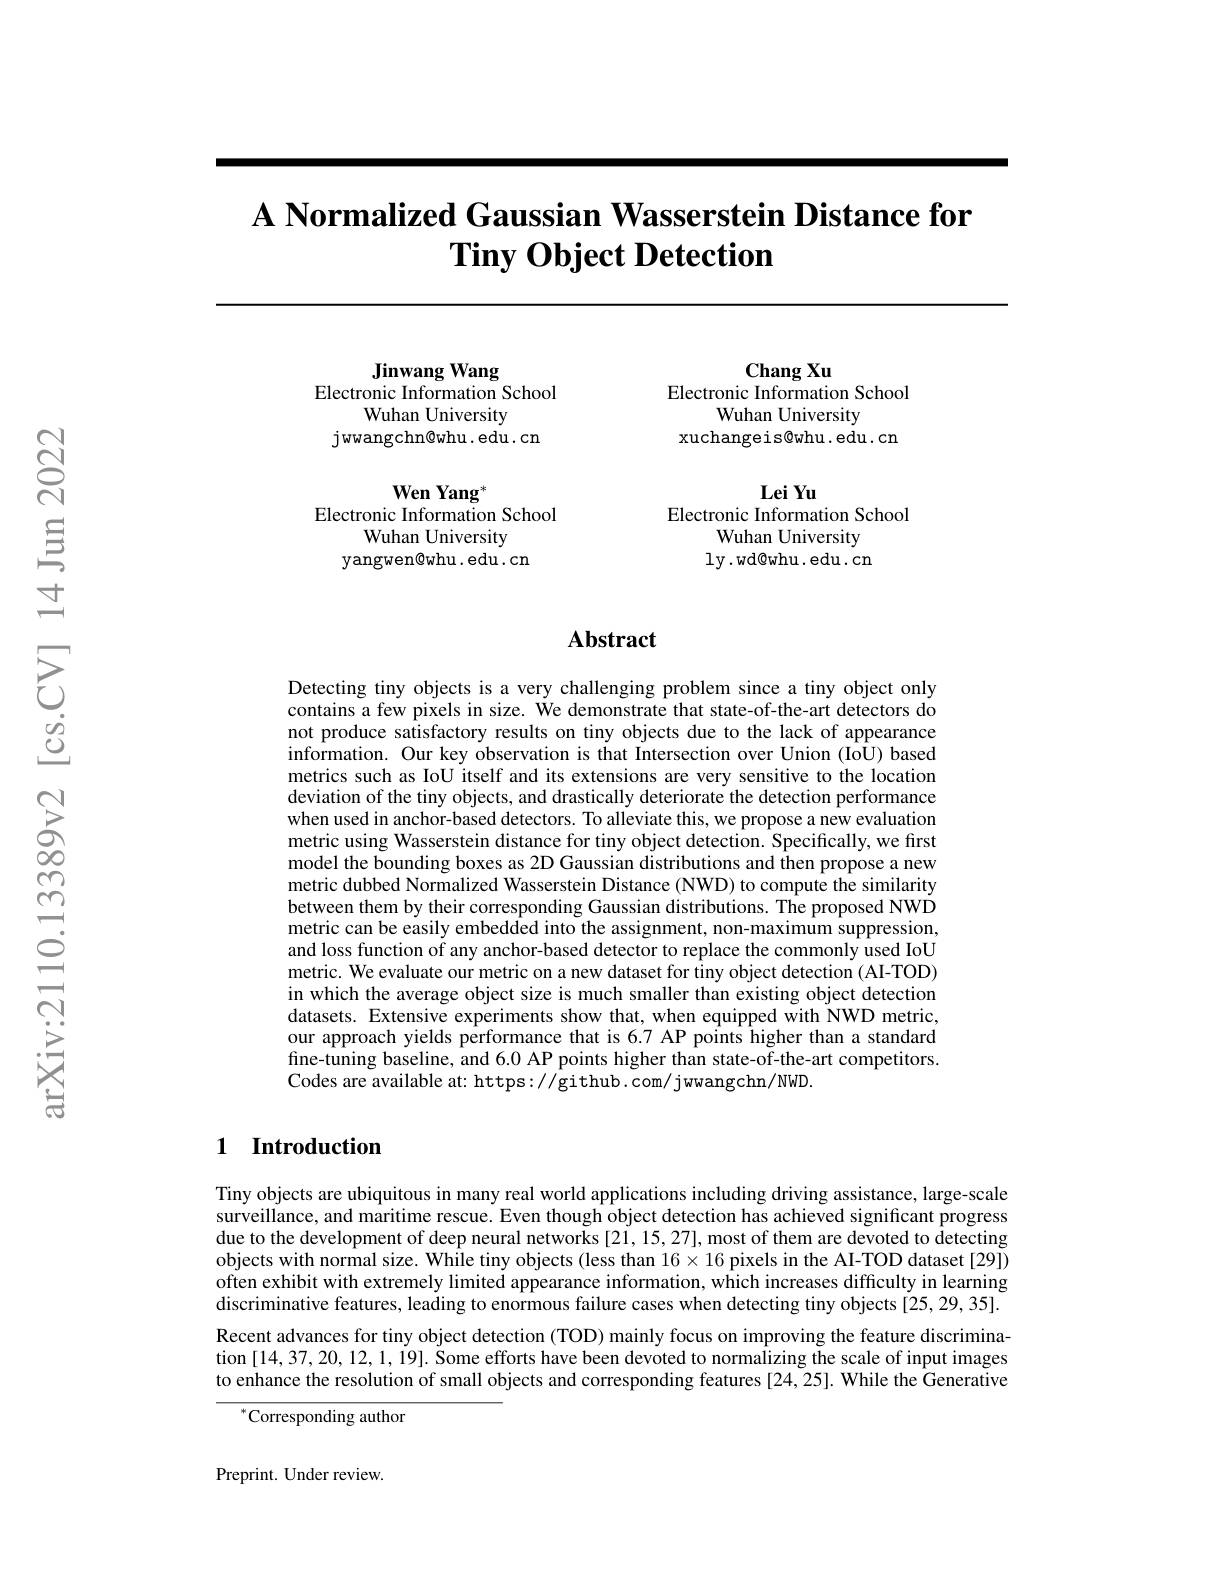
# A Normalized Gaussian Wasserstein Distance for $\textbf{Tiny Object Detection}$

Jinwang Wang
Electronic Information School
Wuhan University
j wwangchn@whu. edu . cn

Wen Yang "
Electronic Information School
Wuhan University
yangwen@whu. edu . cn

$\mathbf{ChangXu}$
Electronic Information School
Wuhan University
xuchangeis@whu. edu. cn

Lei Yu
Electronic Information School
Wuhan University ly. wd@ whu. edu. cn

### $\mathbf{Abstract}$

Detecting tiny objects is a very challenging problem since a tiny object only contains a few pixels in size. We demonstrate that state-of-the-art detectors do not produce satisfactory results on tiny objects due to the lack of appearance information. Our key observation is that Intersection over Union (IoU) based metrics such as IoU itself and its extensions are very sensitive to the location deviation of the tiny objects, and drastically deteriorate the detection performance when used in anchor-based detectors. To alleviate this, we propose a new evaluation metric using Wasserstein distance for tiny object detection. Specifically, we fırst model the bounding boxes as 2D Gaussian distributions and then propose a new metric dubbed Normalized Wasserstein Distance (NWD) to compute the similarity between them by their corresponding Gaussian distributions. The proposed NWD metric can be easily embedded into the assignment, non-maximum suppression, and loss function of any anchor-based detector to replace the commonly used IoU metric. We evaluate our metric on a new dataset for tiny object detection (AI-TOD) in which the average object size is much smaller than existing object detection datasets. Extensive experiments show that, when equipped with NWD metric, our approach yields performance that is 6.7 AP points higher than a standard fine-tuning baseline, and 6.0 AP points higher than state-of-the-art competitors. Codes are available at: https://github.com/jwangchn/NWD.

### 1 Introduction

Tiny objects are ubiquitous in many real world applications including driving assistance, large-scale surveillance, and maritime rescue. Even though object detection has achieved significant progress due to the development of deep neural networks [21, 15, 27], most of them are devoted to detecting objects with normal size. While tiny objects (less than $16\times16$ pixels in the AI-TOD dataset [29]) often exhibit with extremely limited appearance information, which increases difficulty in learning discriminative features, leading to enormous failure cases when detecting tiny objects [25,29,35]. Recent advances for tiny object detection (TOD) mainly focus on improving the feature discrimination $[ 14, 37, 20, 12, 1, 19] . \text{ \v{S} ome efforts have been devoted to normalizing the scale of input images}$ to enhance the resolution of small objects and corresponding features [24,25]. While the Generative

$^{*}$Corresponding author

Preprint. Under review.